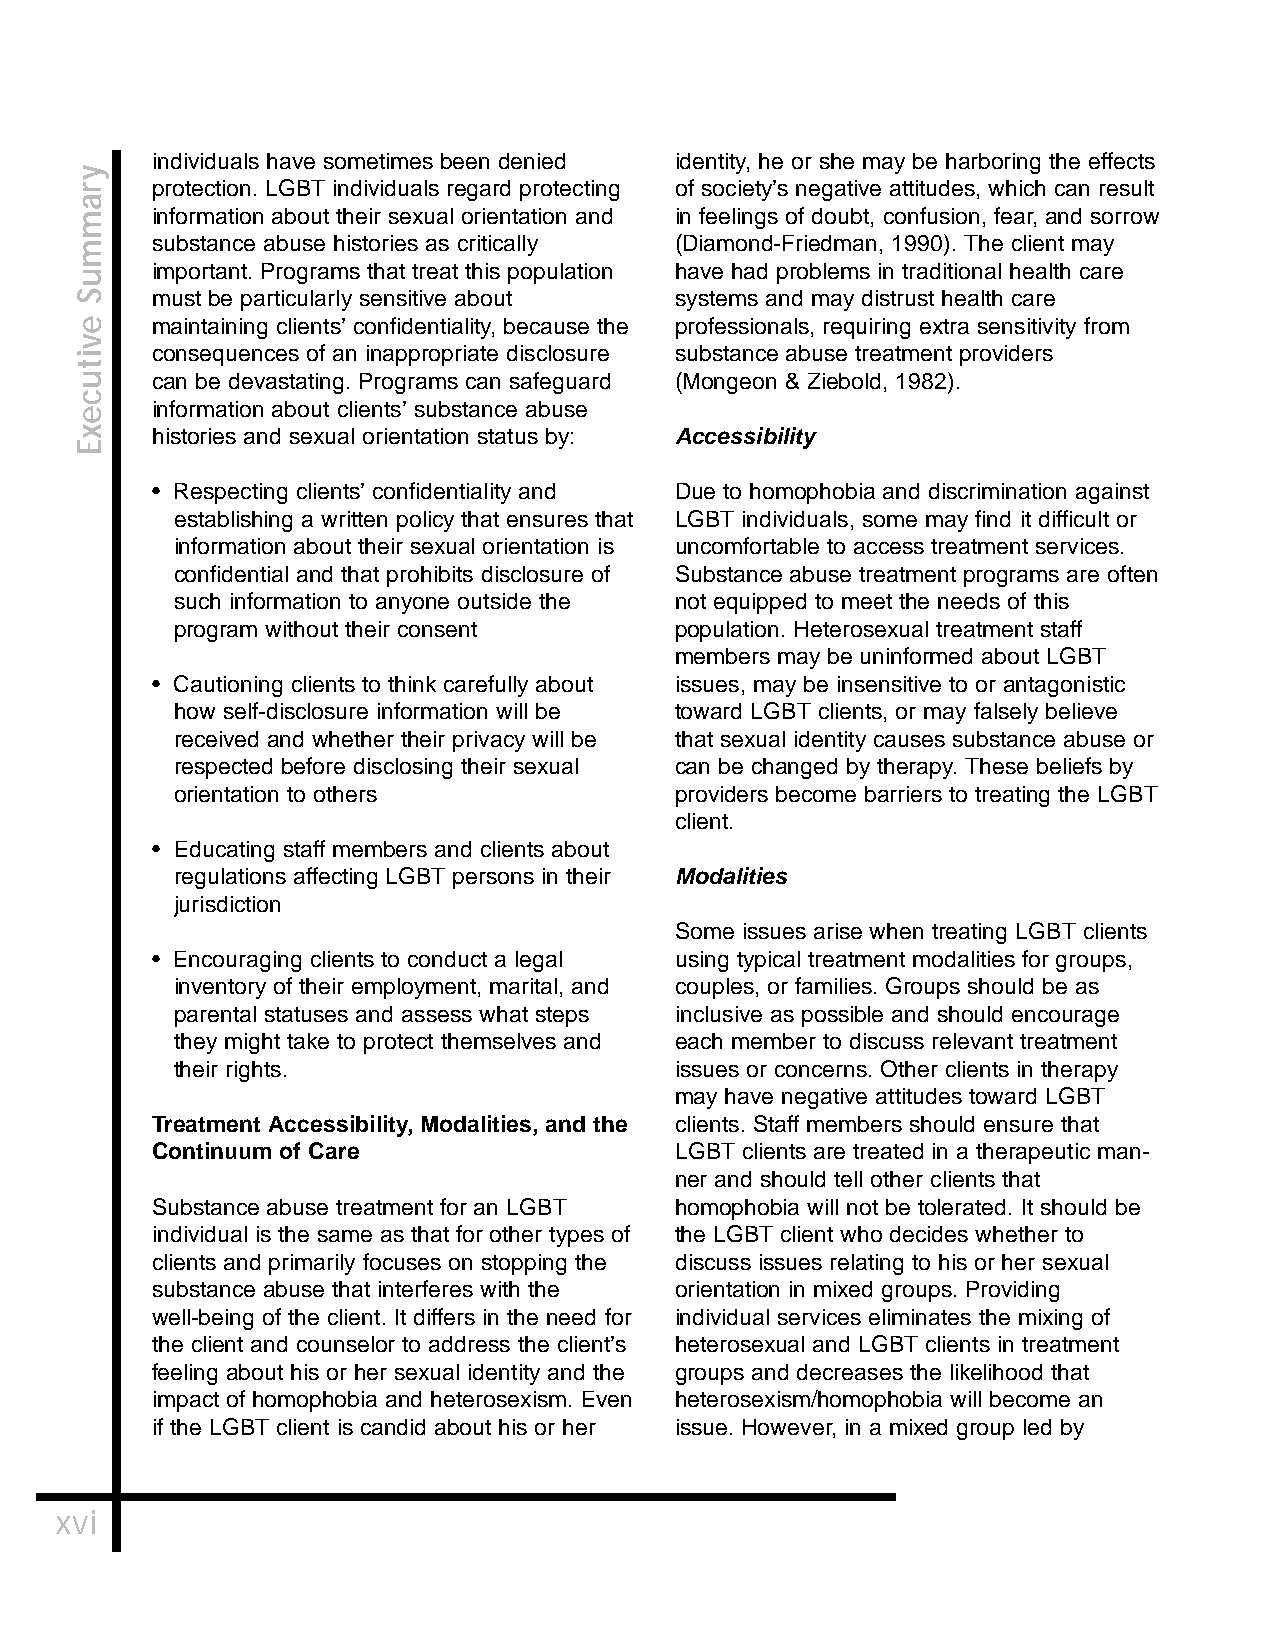
individuals have sometimes been denied identity, he or she may be harboring the effects
 protection. LGBT individuals regard protecting of society’s negative attitudes, which can result
 information about their sexual orientation and in feelings of doubt, confusion, fear, and sorrow
 substance abuse histories as critically (Diamond-Friedman, 1990). The client may
 important. Programs that treat this population have had problems in traditional health care
 must be particularly sensitive about systems and may distrust health care
 maintaining clients’ confidentiality, because the professionals, requiring extra sensitivity from
 consequences of an inappropriate disclosure substance abuse treatment providers
 can be devastating. Programs can safeguard (Mongeon & Ziebold, 1982).
 information about clients’ substance abuse
 histories and sexual orientation status by: Accessibility
 • Respecting clients’ confidentiality and Due to homophobia and discrimination against
 establishing a written policy that ensures that LGBT individuals, some may find it difficult or
 information about their sexual orientation is uncomfortable to access treatment services.
 confidential and that prohibits disclosure of Substance abuse treatment programs are often
 such information to anyone outside the not equipped to meet the needs of this
 program without their consent    population. Heterosexual treatment staff
 members may be uninformed about LGBT
 • Cautioning clients to think carefully about issues, may be insensitive to or antagonistic
 how self-disclosure information will be toward LGBT clients, or may falsely believe
 received and whether their privacy will be that sexual identity causes substance abuse or
 respected before disclosing their sexual can be changed by therapy. These beliefs by
 orientation to others            providers become barriers to treating the LGBT
 client.
 • Educating staff members and clients about
 regulations affecting LGBT persons in their Modalities
 jurisdiction
 Some issues arise when treating LGBT clients
 • Encouraging clients to conduct a legal using typical treatment modalities for groups,
 inventory of their employment, marital, and couples, or families. Groups should be as
 parental statuses and assess what steps inclusive as possible and should encourage
 they might take to protect themselves and each member to discuss relevant treatment
 their rights.                    issues or concerns. Other clients in therapy
 may have negative attitudes toward LGBT
 Treatment Accessibility, Modalities, and the clients. Staff members should ensure that
 Continuum of Care                  LGBT clients are treated in a therapeutic man-
 ner and should tell other clients that
 Substance abuse treatment for an LGBT homophobia will not be tolerated. It should be
 individual is the same as that for other types of the LGBT client who decides whether to
 clients and primarily focuses on stopping the discuss issues relating to his or her sexual
 substance abuse that interferes with the orientation in mixed groups. Providing
 well-being of the client. It differs in the need for individual services eliminates the mixing of
 the client and counselor to address the client’s heterosexual and LGBT clients in treatment
 feeling about his or her sexual identity and the groups and decreases the likelihood that
 impact of homophobia and heterosexism. Even heterosexism/homophobia will become an
 if the LGBT client is candid about his or her issue. However, in a mixed group led by
 xvi
 yrammuS
 evitucexE